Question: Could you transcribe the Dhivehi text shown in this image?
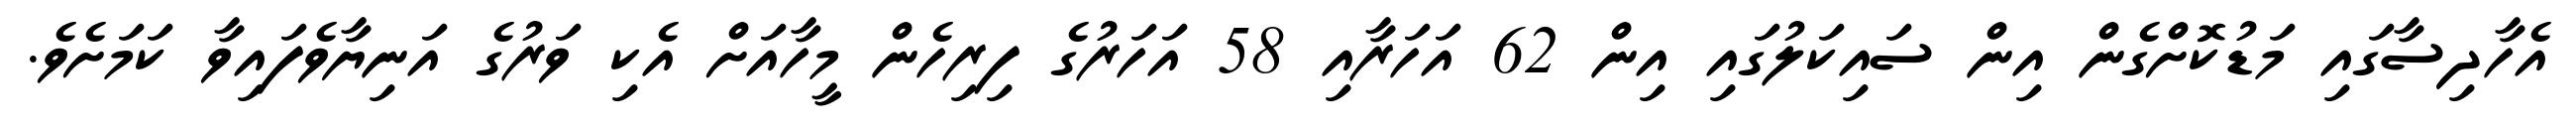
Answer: އެހާދިސާގައި މަޑުކޮށްގެން އިން ސައިކަލުގައި އިން 62 އަހަރާއި 58 އަހަރުގެ ފިރިހެން މީހާއަށް އެކި ވަރުގެ އަނިޔާވެފައިވާ ކަމަށެވެ.